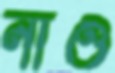
নাও